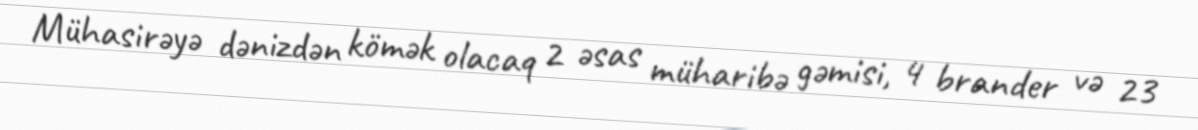
Mühasirəyə dənizdən kömək olacaq 2 əsas müharibə gəmisi, 4 brander və 23